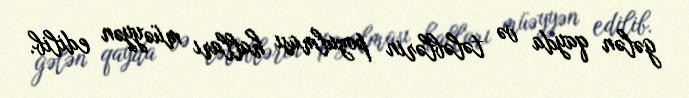
gələn qayda və tələblərin pozulması halları müəyyən edilib.